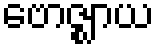
ဗောဇ္ဈာယ